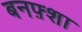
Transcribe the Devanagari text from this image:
बनफ़्शा